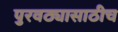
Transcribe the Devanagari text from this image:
पुरवठ्यासाठीच